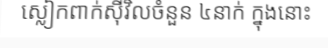
ស្លៀកពាក់ស៊ីវិលចំនួន ៤នាក់ ក្នុងនោះ